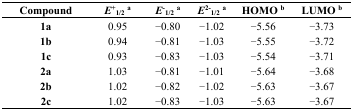
| Compound | E+1/2a | E-1/2a | E2-1/2a | HOMO b | LUMO b |
 | --- | --- | --- | --- | --- | --- |
 | 1a | 0.95 | −0.80 | −1.02 | −5.56 | −3.73 |
 | 1b | 0.94 | −0.81 | −1.03 | −5.55 | −3.72 |
 | 1c | 0.93 | −0.83 | −1.03 | −5.54 | −3.71 |
 | 2a | 1.03 | −0.81 | −1.01 | −5.64 | −3.68 |
 | 2b | 1.02 | −0.82 | −1.02 | −5.63 | −3.67 |
 | 2c | 1.02 | −0.83 | −1.03 | −5.63 | −3.67 |